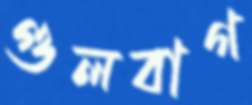
গুলবাগ